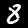
Label: 8